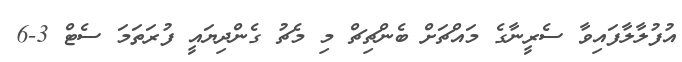
އުފުލާލާފައިވާ ސެރީނާގެ މައްޗަށް ބެންޗިޗް މި މެޗު ގެންދިޔައީ ފުރަތަމަ ސެޓް 3-6